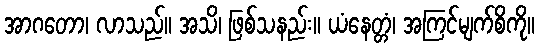
အာဂတော၊ လာသည်။ အသိ၊ ဖြစ်သနည်း။ ယံနေတ္တံ၊ အကြင်မျက်စိကို။